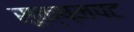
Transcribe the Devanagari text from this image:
सूक्ष्मपट